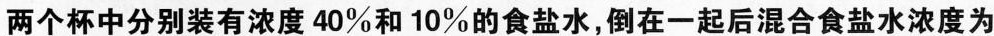
两个杯中分别装有浓度40\%和10\%的食盐水，倒在一起后混合食盐水浓度为